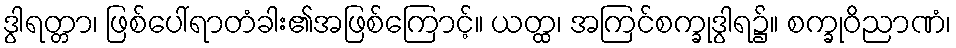
ဒွါရတ္တာ၊ ဖြစ်ပေါ်ရာတံခါး၏အဖြစ်ကြောင့်။ ယတ္ထ၊ အကြင်စက္ခုဒွါရ၌။ စက္ခုဝိညာဏံ၊